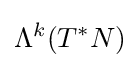
\Lambda ^{k}(T^{*}N)